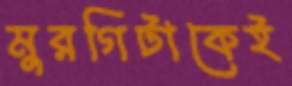
মুরগিটাকেই